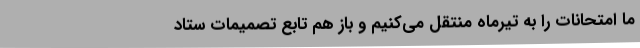
ما امتحانات را به تیرماه منتقل می‌کنیم و باز هم تابع تصمیمات ستاد